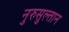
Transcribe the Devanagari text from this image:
नुरुसुल्तान